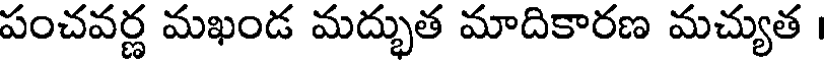
పంచవర్ణ మఖండ మద్భుత మాదికారణ మచ్యుత